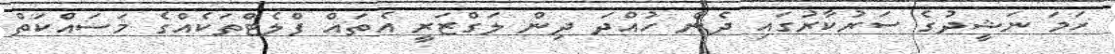
ހަމަ ނަޝީދުގެ ސަރުކާރުގައި ދެން ހުއްދަ ދިން ލަގްޒަރީ އެތައް ފްލެޓްތަކެއްގެ މަސައްކަތް